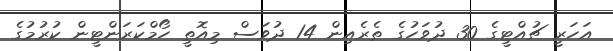
އަަހަރީ ޗުއްޓީގެ 30 ދުވަހުގެ ތެރެއިން 14 ދުވަސް މިއޮތީ ހޯމްކަރަންޓީން ކުރުމުގެ